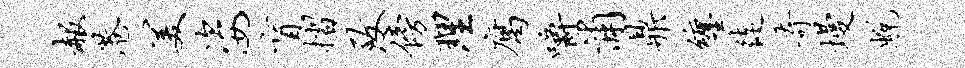
赧港美姿盲摺致傍理腐嚼浦鼎缠徒奇墁蜕